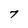
Character: 7